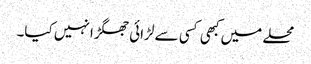
محلے میں کبھی کسی سے لڑائی جھگڑا نہیں کیا۔